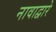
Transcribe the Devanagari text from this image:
नावाद्वारे